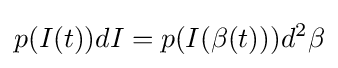
p(I(t))dI=p(I(\beta (t)))d^{2}\beta